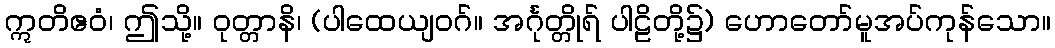
ဣတိဧဝံ၊ ဤသို့။ ဝုတ္တာနိ၊ (ပါထေယျဝဂ်။ အင်္ဂုတ္တိုရ် ပါဠိတို့၌) ဟောတော်မူအပ်ကုန်သော။